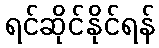
ရင်ဆိုင်နိုင်ရန်